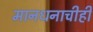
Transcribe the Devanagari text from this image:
मानधनाचीही